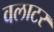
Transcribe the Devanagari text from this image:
वलाटर